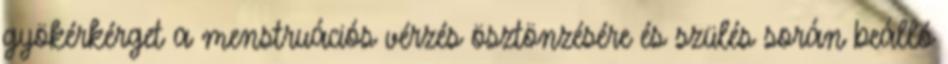
gyökérkérget a menstruációs vérzés ösztönzésére és szülés során beálló